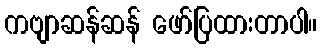
ကဗျာဆန်ဆန် ဖော်ပြထားတာပါ။